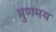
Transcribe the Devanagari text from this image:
मुणमय